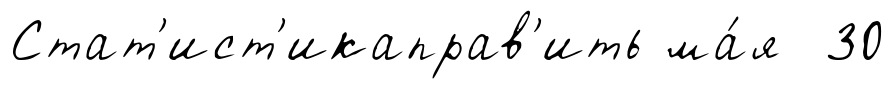
Стат'ист'икаправ'ить ма́я 30